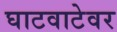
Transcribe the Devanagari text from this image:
घाटवाटेवर